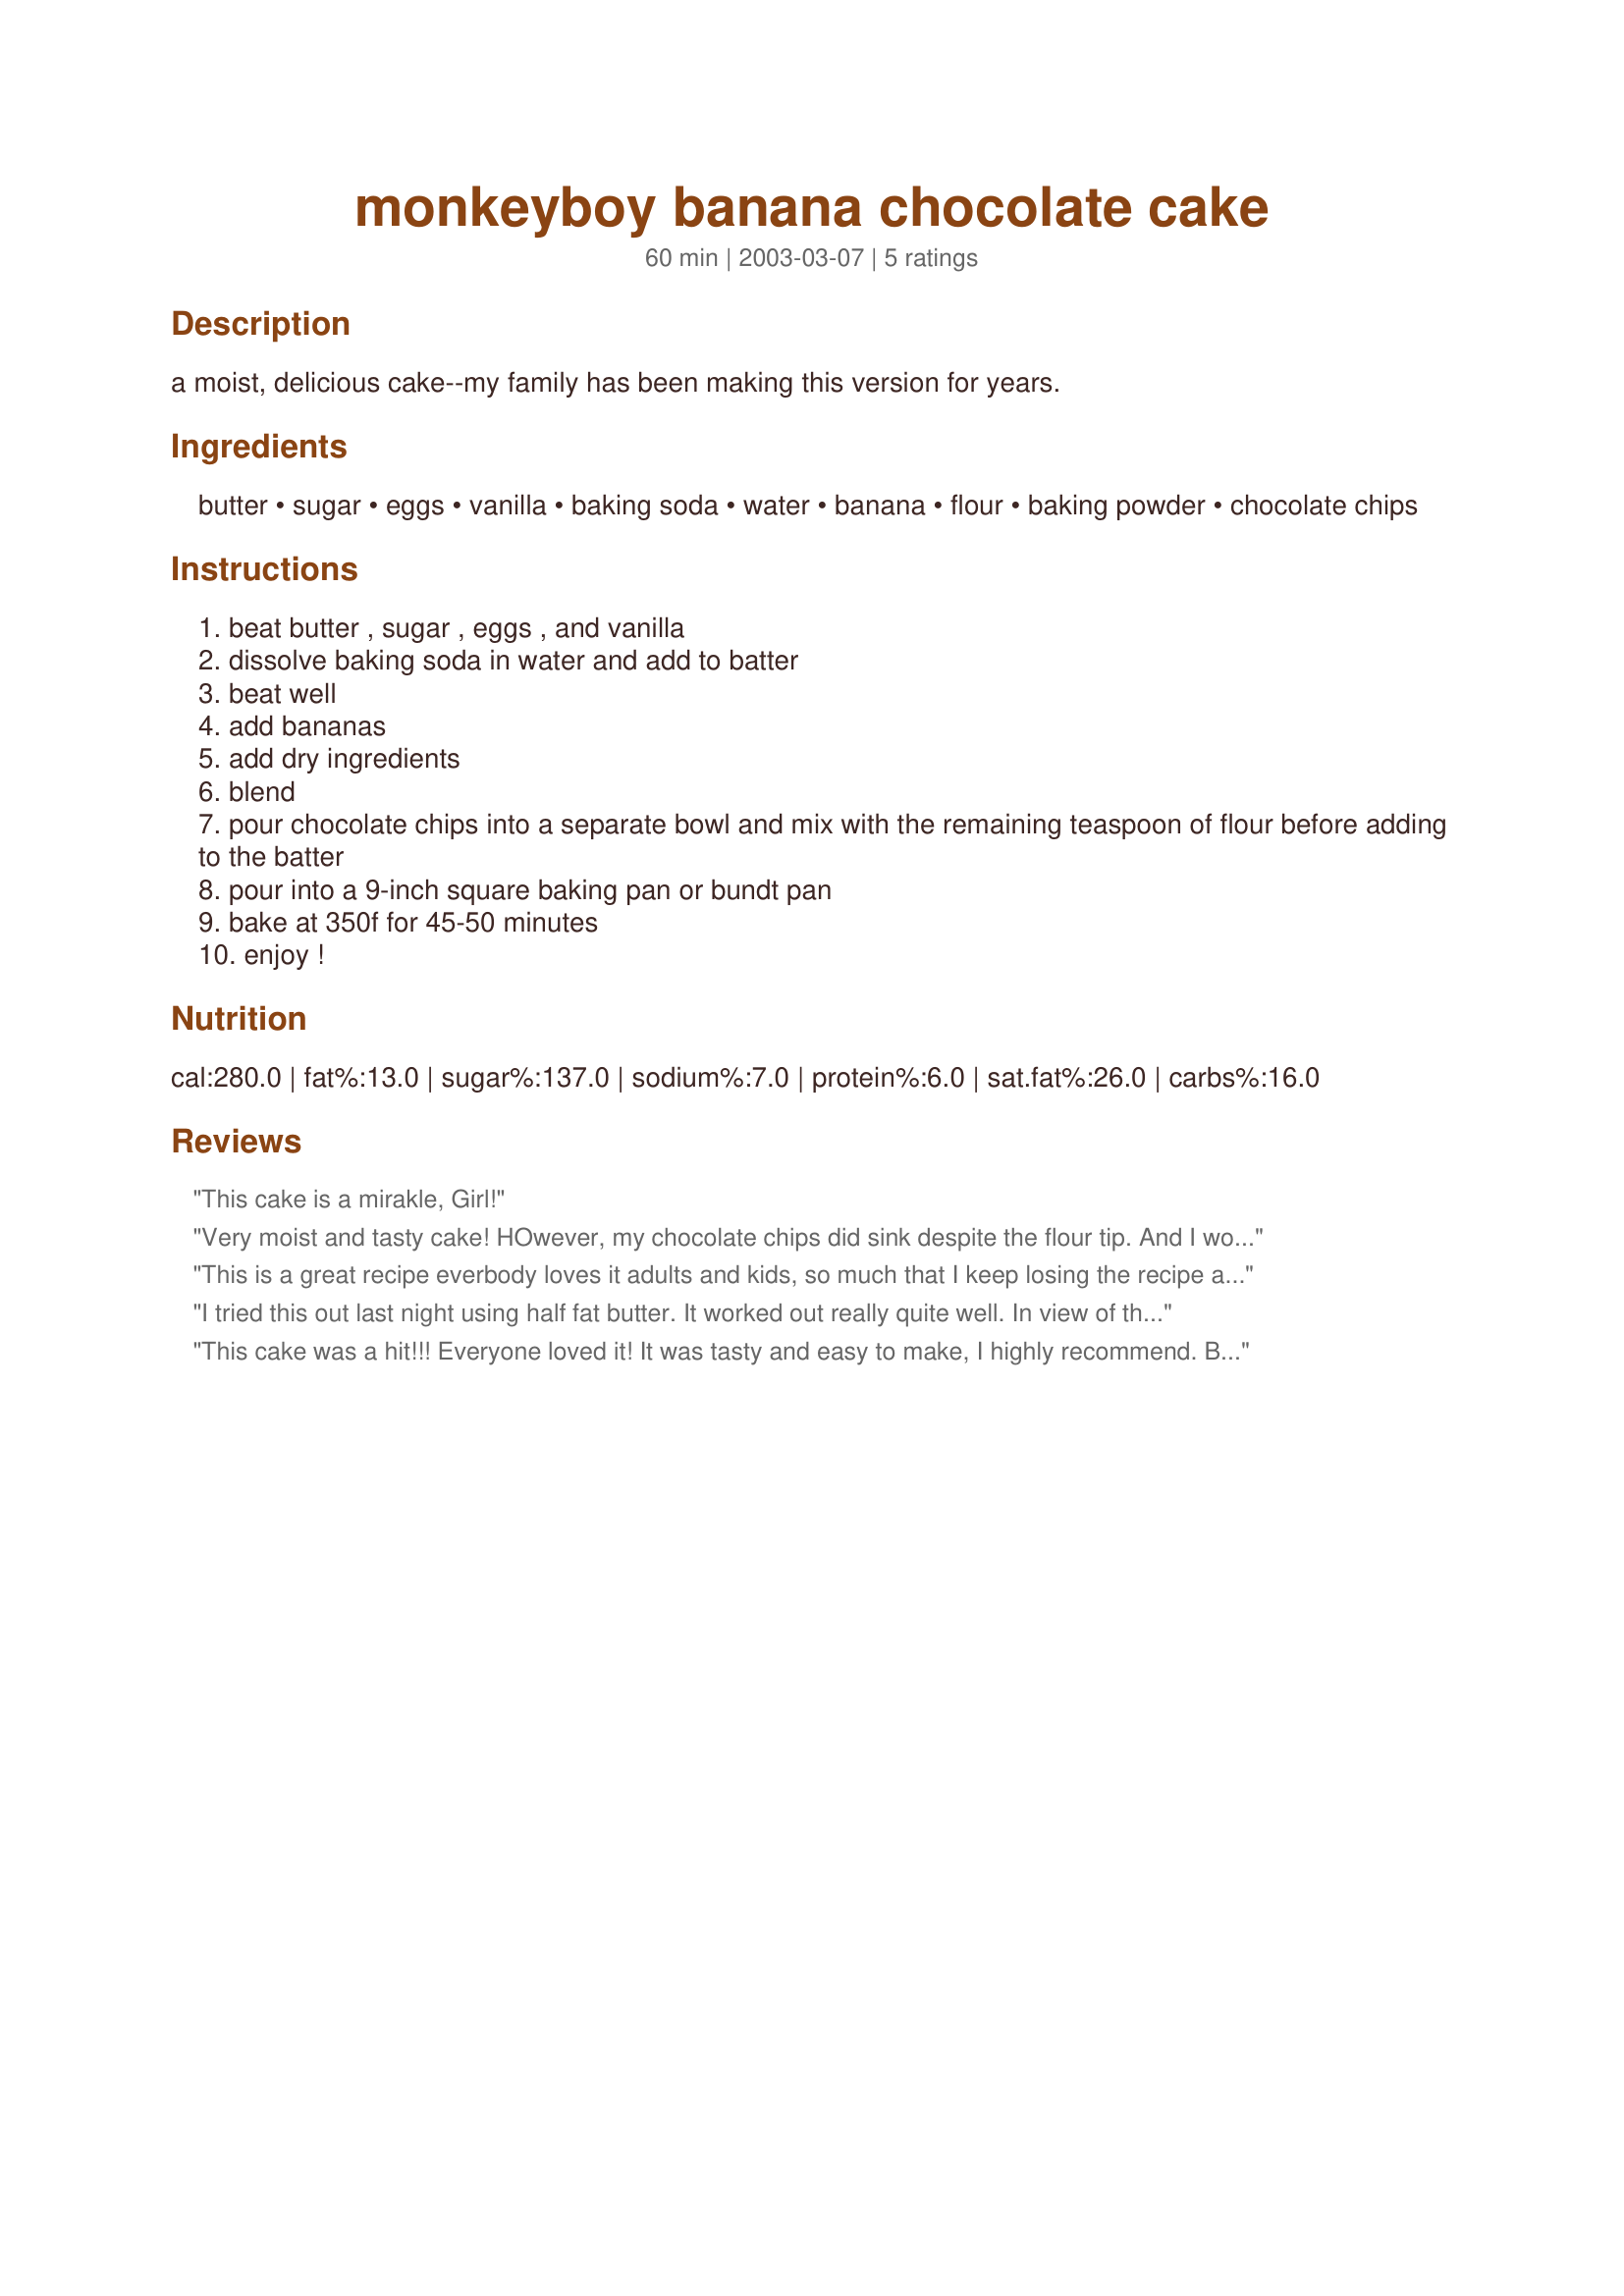
monkeyboy banana chocolate cake
Preparation time: 60 minutes

a moist, delicious cake--my family has been making this version for years.

Ingredients:
butter, sugar, eggs, vanilla, baking soda, water, banana, flour, baking powder, chocolate chips

Steps:
beat butter , sugar , eggs , and vanilla
dissolve baking soda in water and add to batter
beat well
add bananas
add dry ingredients
blend
pour chocolate chips into a separate bowl and mix with the remaining teaspoon of flour before adding to the batter
pour into a 9-inch square baking pan or bundt pan
bake at 350f for 45-50 minutes
enjoy !

Reviews:
This cake is a mirakle, Girl!
Very moist and tasty cake! HOwever, my chocolate chips did sink despite the flour tip. And I would be more likely to name this cake "Monkeyboy Banana Chocolate CHIP cake" since the cake is not actually chocolate. Good treat though. :-)
This is a great recipe everbody loves it adults and kids, so much that I keep losing the recipe as everyone wants a copy.
I tried this out last night using half fat butter. It worked out really quite well. In view of the previous comments I folded 20g grated chocolate into the batter and reduced the chocolate chips to half a cup. If you're watching your weight and fancy a treat, this definitely hits the spot!
This cake was a hit!!! Everyone loved it! It was tasty and easy to make, I highly recommend.

Based on another reviewers comments about the chocolate chips sinking, I added chocolated chips to the batter and I put a bunch on top (I used more than I cup of chips). The chips that sank made like a chocolate crust, but there were plenty that were in the middle and stayed on on top.
